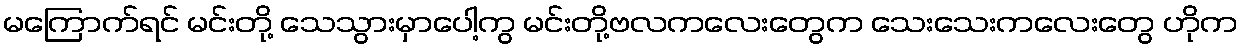
မကြောက်ရင် မင်းတို့ သေသွားမှာပေါ့ကွ မင်းတို့ဗလကလေးတွေက သေးသေးကလေးတွေ ဟိုက